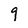
Character: 9